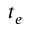
t _ { e }